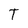
Character: T